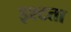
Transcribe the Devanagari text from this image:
इश्टता